Leaving Certificate Examination, 1916
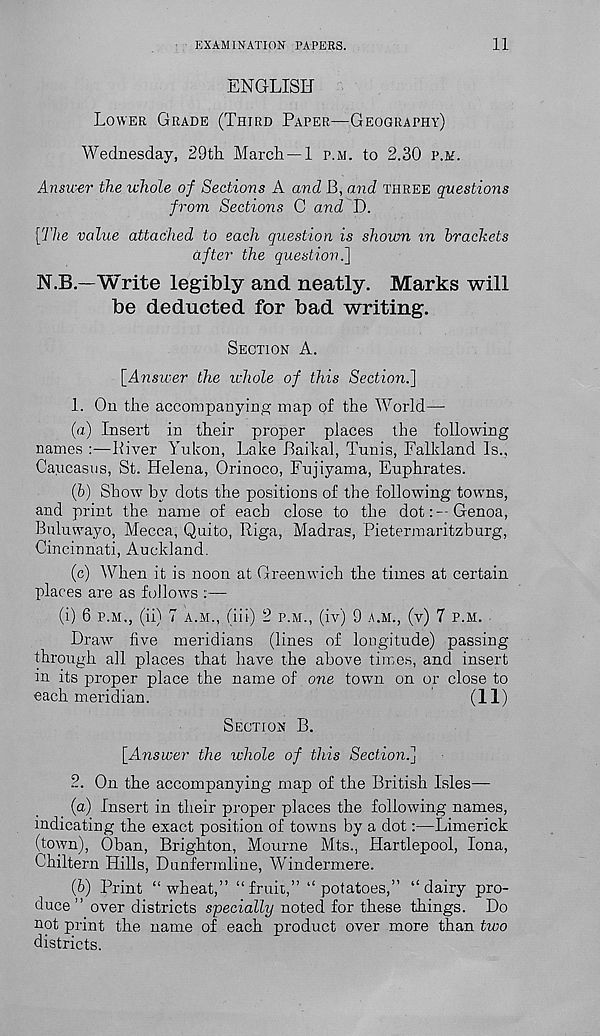
EXAMINATION PAPERS.
11
ENGLISH
LOWER GRADE (THIRD PAPER—GEOGRAPHY)
Wednesday, 29th. March —1 P.M. to 2.30 P.M.
Answer th.e whole of Sections A and B, and THREE questions
from Sections C and D.
[The value attached to each question is shown in brackets
after the question.]
N.B.—Write legibly and neatly. Marks will
be deducted for bad writing.
SECTION A.
[Answer the ichole of this Section.]
1. On the accompanying map of the World—
(а) Insert in their proper places the following
names :—Kiver Yukon, Lake Baikal, Tunis, Falkland Is.,
Caucasus, St. Helena, Orinoco, Fujiyama, Euphrates.
(б) Show by dots the positions of the following towns,
and print the name of each close to the dot:--Genoa,
Buluwayo, Mecca, Quito, Riga, Madras, Pietermaritzburg,
Cincinnati, Auckland.
(c) When it is noon at Greenwich the times at certain
places are as follows :—
(i) 6 P.M,, (ii) 7 A.M., (iii) 2 P.M., (iv) 9 A.M., (V) 7 P.M.
Draw five meridians (lines of longitude) passing
through all places that have the above times, and insert
in its proper place the name of one town on or close to
each meridian.
(11)
SECTION B.
[Answer the whole of this Section.]
2. On the accompanying map of the British Isles—
(a) Insert in their proper places the following names,
indicating the exact position of towns by a dot:—Limerick
(town), Oban, Brighton, Mourne Mts., Hartlepool, Iona,
Chiltern Hills, Dunfermline, Windermere.
(b) Print “wheat,” “fruit,” “potatoes,” “dairy pro-
duce ” over districts specially noted for these things. Do
not print the name of each product over more than two
districts.